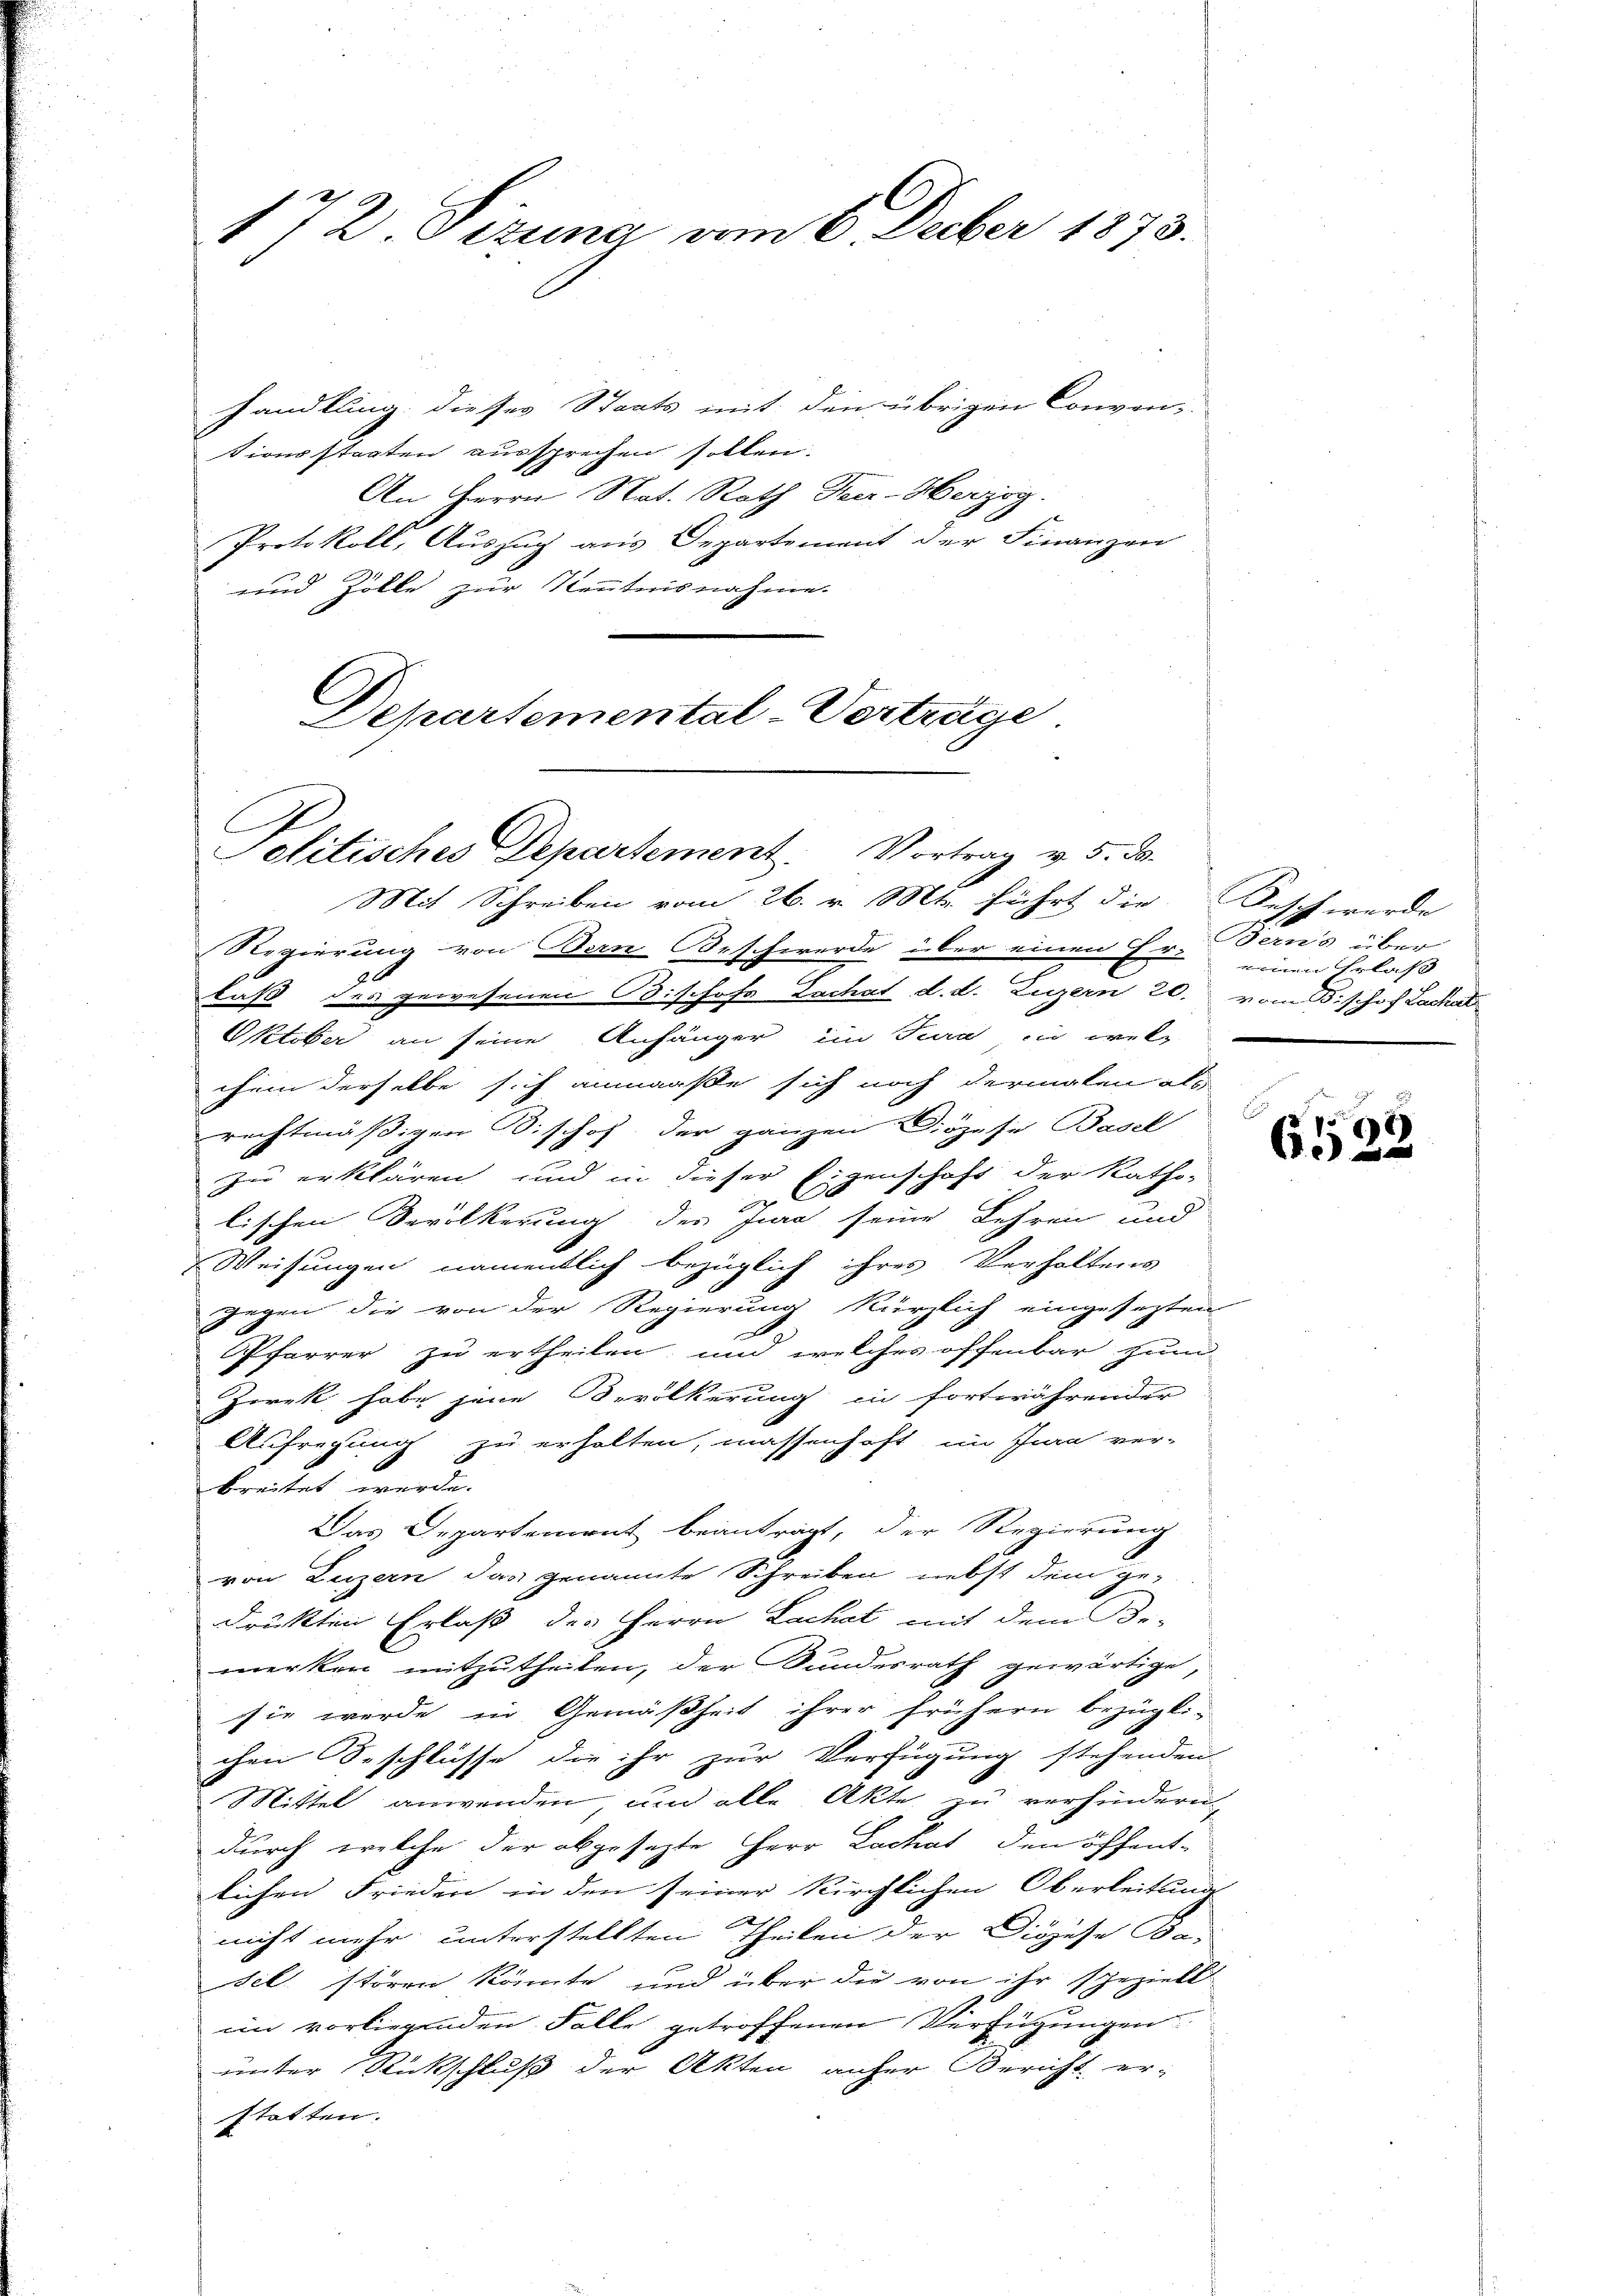
172 Sizung vom 6. Feber 1873.

handlung dieses Staats mit den übrigen Conven-
tionsstaaten aussprechen sollen.
An Herrn Nat. Rath Peer-Herzog.
Protokoll, Auszug aus Departement der Finanzen
und Zolle zur Kenntnisnahme.
Departemental-Vertrage

E
elitisches Departement. Vortrag v. 5. ds.
Mit Schreiben vom 26. v. Mts. führt die

Regierung von Bern Beschwerde über einen Hr. Berns über
laß des gewesenen Bischof Lachat d. d. Luzern 20. vom Bishof Lachat
Oetiker an seine Anfänger im Jura in wel
chem derselbe sich anmaaße sich noch dermalen als
rechtmäßigen Dischof, der ganzen Diözese Basel
In erklären und in dieser Eigenschaft der Katho-
lischen Bevölkerung des Jura seine Lehren und
Weisungen namentlich bezüglich ihres Verhaltens
gegen die von der Regierung kürzlich eingesezten
Pfarrer zu ertheilen, und welches offenbar zum
Zwek habe jene Bevölkerung in fortwährender
Aufregung zu erhalten, massenhaft im Jura ver-
breitet werde.
Das Departement beantragt, der Regierung
von Luzern das genannte Schreiben nebst dem ge-
drükten Erlaß des Herrn Lachat mit dem Be-
merken mitzutheilen, der Bundesrath gewärtige,
sie werde in Gemäßheit ihrer frühern bezügli-
chen Beschlüsse die ihr zur Verfügung stehenden
Mittel anwenden und alle Akte zu verhindern,
durch welche der abgesezte Herr Lachat den öffentlichen Frieden in den seiner Kirchlichen Oberleitung

nicht mehr unterstellten Theilen der Diözese Be-
sel. stören könnte und über die von ihr speziell
em vorliegenden Falle getroffenen Verfügungen
unter Rückschluß der Akten anher Bericht erstatten.

Fasch werde
einen Erlaß

61)
65